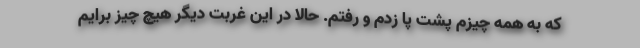
که به همه چیزم پشت پا زدم و رفتم. حالا در این غربت دیگر هیچ چیز برایم